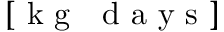
\left[ \mathrm { ~ k ~ g ~ } ~ \mathrm { ~ d ~ a ~ y ~ s ~ } \right]